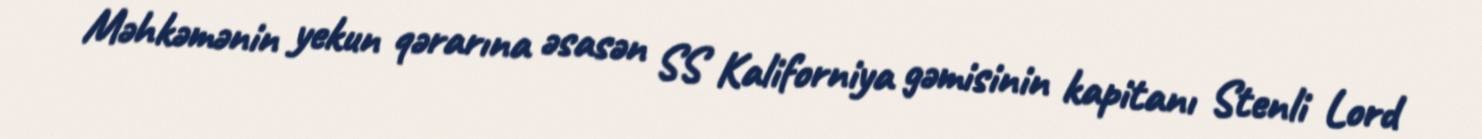
Məhkəmənin yekun qərarına əsasən SS Kaliforniya gəmisinin kapitanı Stenli Lord